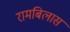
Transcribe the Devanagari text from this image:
रामबिलास